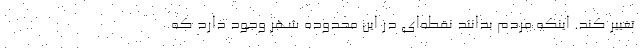
تغییر کند. اینکه مردم بدانند نقطه‌ای در این محدوده شهر وجود دارد که